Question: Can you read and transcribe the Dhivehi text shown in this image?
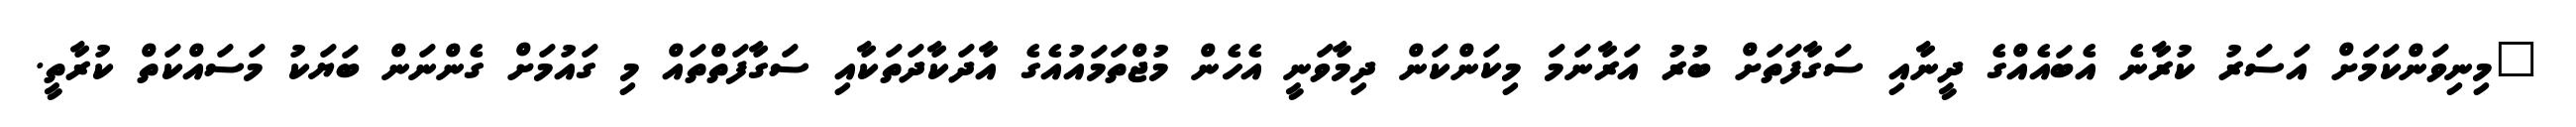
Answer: "މިނިވަންކަމަށް އަސަރު ކުރާނެ އެބައެއްގެ ދީނާއި ސަގާފަތަށް ބުރު އަރާނަމަ މިކަންކަން ދިމާވަނީ އެހެން މުޖްތަމައުއެގެ އާދަކާދަތަކާއި ސަގާފަތްތައް މި ގައުމަށް ގެންނަން ބަޔަކު މަސައްކަތް ކުރާތީ.